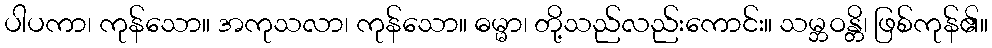
ပါပကာ၊ ကုန်သော။ အကုသလာ၊ ကုန်သော။ ဓမ္မာ၊ တို့သည်လည်းကောင်း။ သမ္ဘဝန္တိ၊ ဖြစ်ကုန်၏။